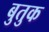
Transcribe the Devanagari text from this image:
बुतुक